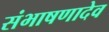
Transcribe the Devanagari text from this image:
संभाषणादेव